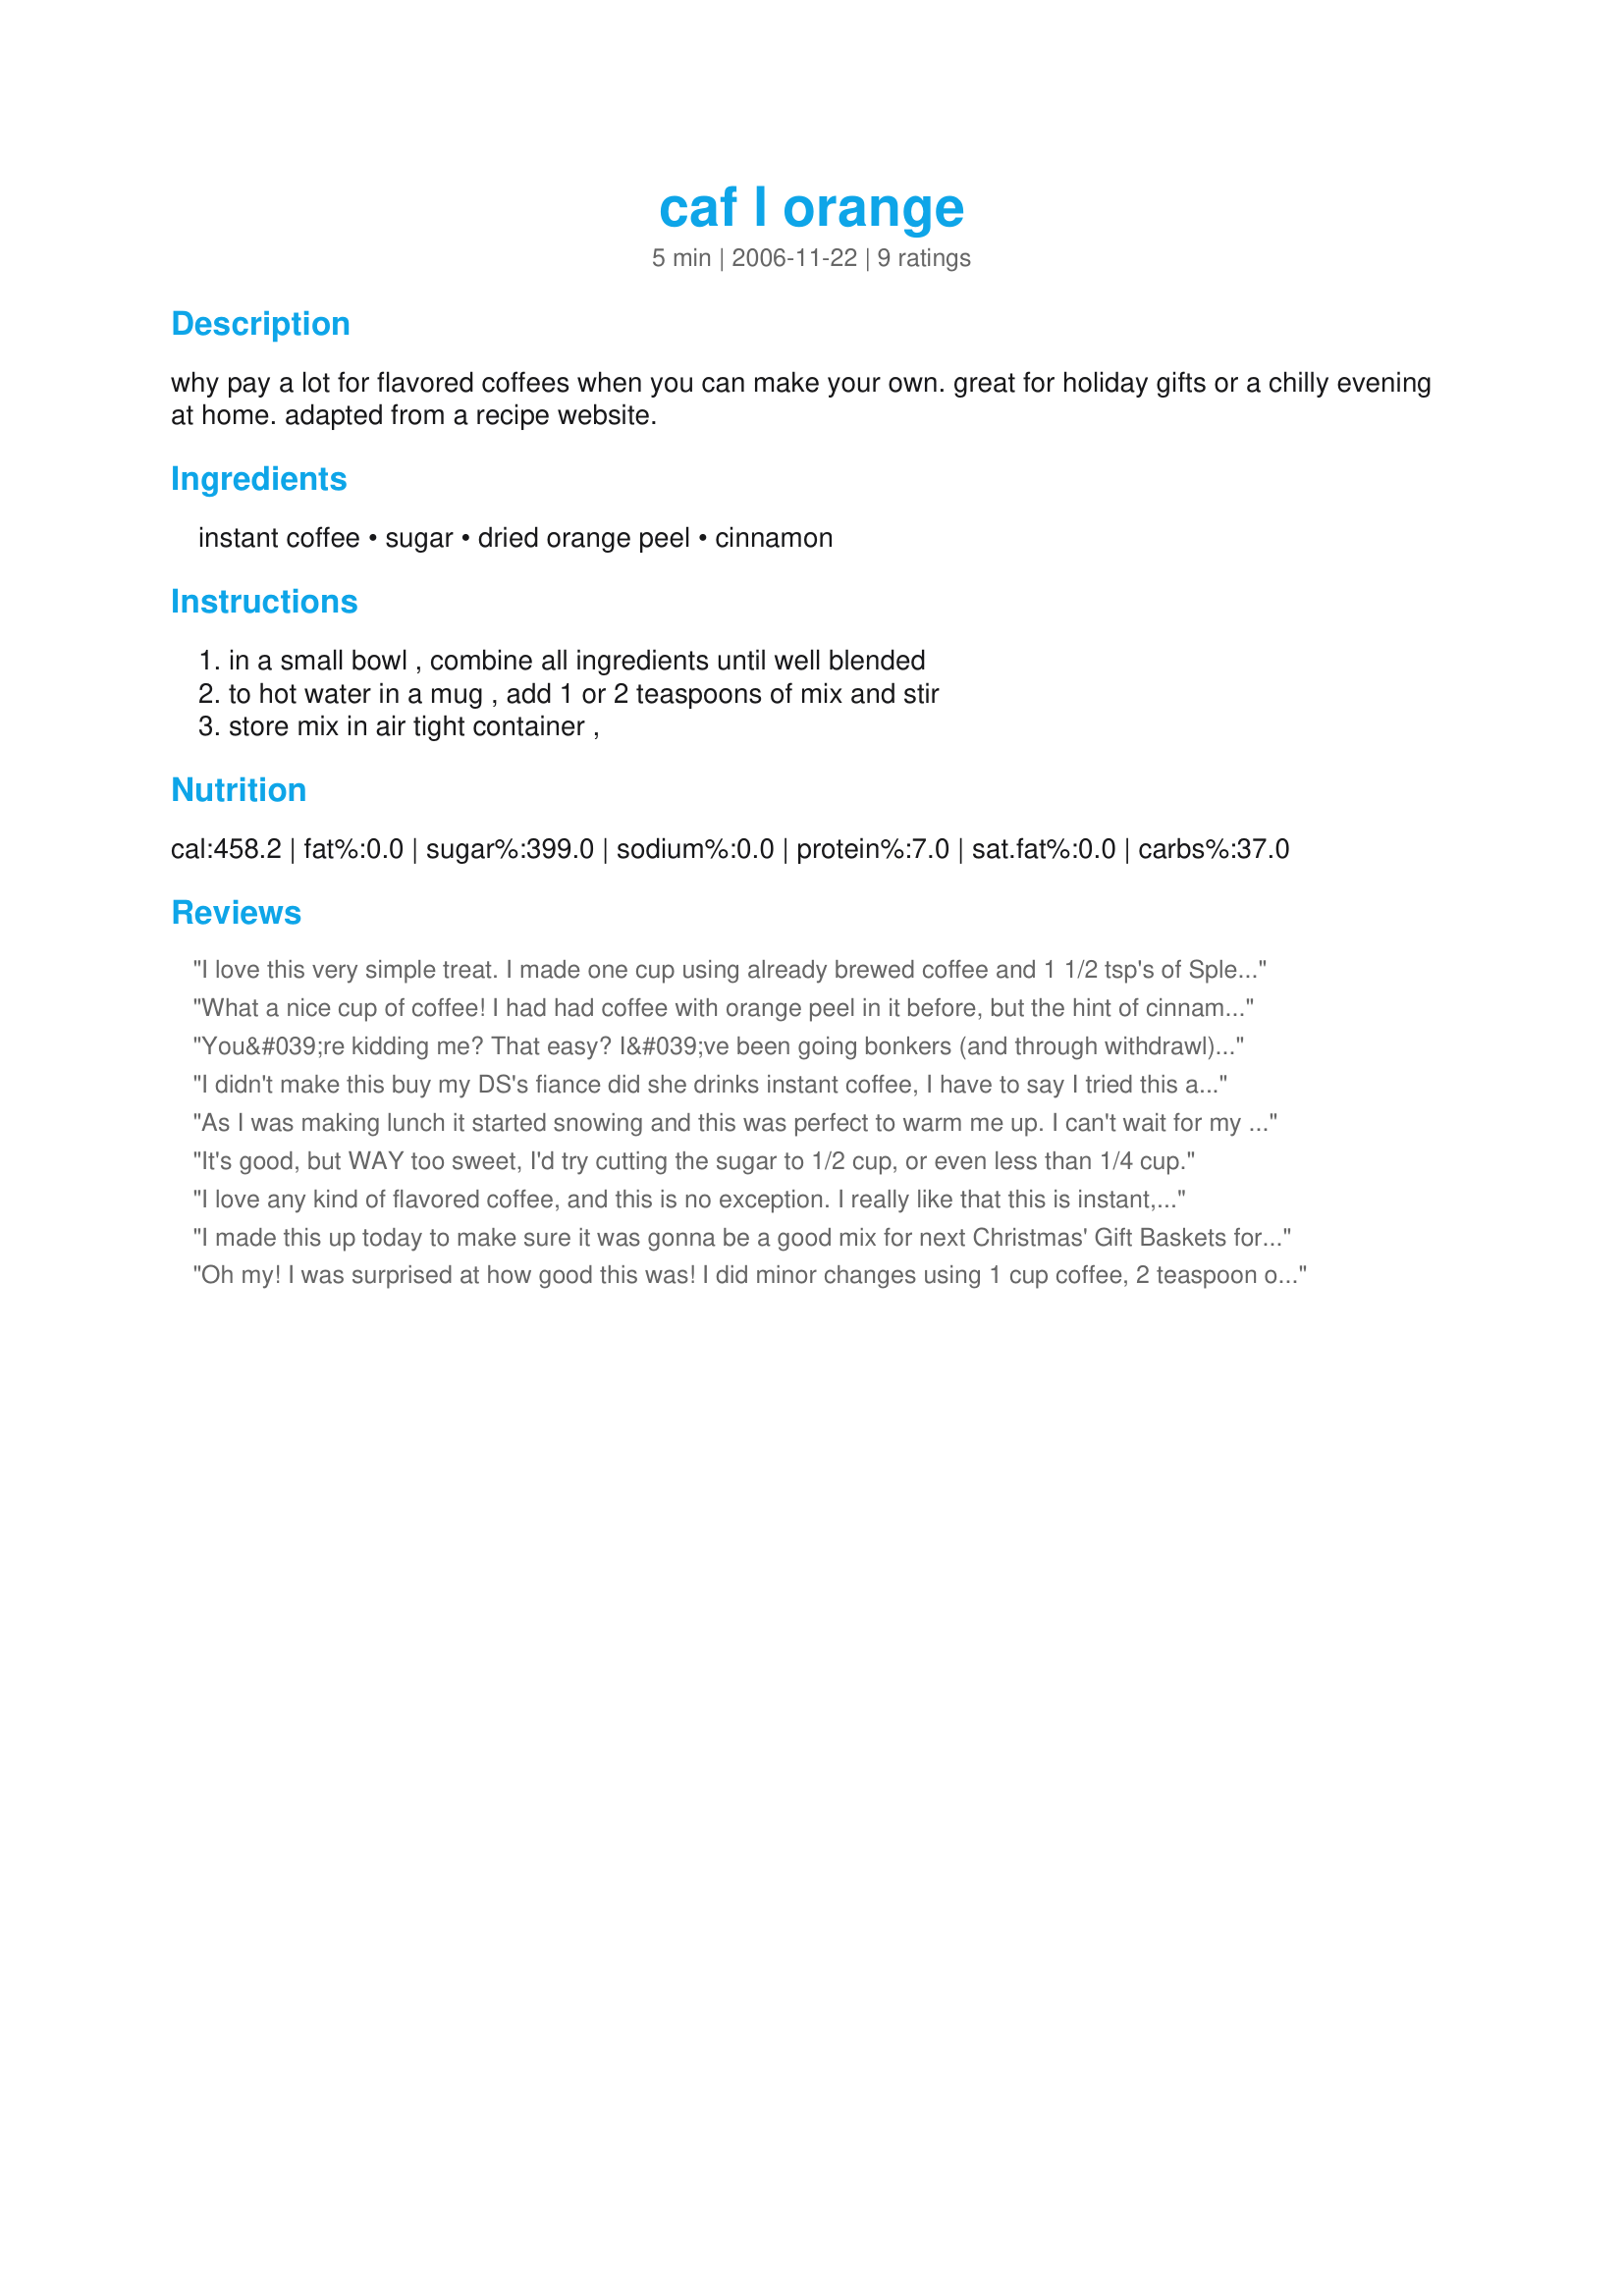
caf l orange
Preparation time: 5 minutes

why pay a lot for flavored coffees when you can make your own. great for holiday gifts or a chilly evening at home. adapted from a recipe website.

Ingredients:
instant coffee, sugar, dried orange peel, cinnamon

Steps:
in a small bowl , combine all ingredients until well blended, to hot water in a mug , add 1 or 2 teaspoons of mix and stir, store mix in air tight container ,

Reviews:
I love this very simple treat. I made one cup using already brewed coffee and 1 1/2 tsp's of Splenda and a 3" cinnamon stick. I used blood orange peel that I dried awhile back, crushing some and leaving a couple of pieces large to float. Thank you Lauralie for a lovely afternoon coffee.
What a nice cup of coffee! I had had coffee with orange peel in it before, but the hint of cinnamon in this is great. I used grated orange peel that I dehydrated in the microwave and used a bit more cinnamon. Thank you for posting! Made for ZWT5 & the Dining Daredevils.
You&#039;re kidding me? That easy? I&#039;ve been going bonkers (and through withdrawl) since a major food chain dropped a brand of bulk coffee, specifically this flavor!) and it&#039;s that simple? Already drying the orange peel, to make my own.. Still using a store-bought whole bean, but adding the ingredients to the grinder next pot, and enjoying a mixture I concocted, Cafe L&#039;Orange, with Parisian Vanilla. (result: Creamcicle!) Thanks for the tip!
I didn't make this buy my DS's fiance did she drinks instant coffee, I have to say I tried this and loved it, so I am going to keep this mix on hand all the time, thanks for sharing Lori, made for ZWT
As I was making lunch it started snowing and this was perfect to warm me up. I can't wait for my daughter to try this as I'm sure she will love it too. Thanks Lauralie41!
It's good, but WAY too sweet, I'd try cutting the sugar to 1/2 cup, or even less than 1/4 cup.
I love any kind of flavored coffee, and this is no exception. I really like that this is instant, too (super-convenient when I don't feel like brewing a pot of coffee for just me). I didn't find this too sweet at all, either. I was a little worried, between seeing the ratio of sugar to coffee, and reading the review that said that this was way too sweet, but I thought the sweetness was perfect. I just needed to add some milk to my cup because I don't like black coffee. To make the mix more homogenous, I whirred it in my Magic Bullet. Thanks for posting! Made for ZWT5 France
I made this up today to make sure it was gonna be a good mix for next Christmas' Gift Baskets for the coffee lovers on my list. Tried a sample cup with my DSIL Dave...needless to say he left here with a jar of mix to take home he loved it as much as I did. We both drink our coffee with cream, so added some French Vanilla Creamer to it...yummmmmmmy!!! Thank you dear for a wonderful mix that WILL be included in the Coffee Lovers Gift Baskets, and gonna always keep a jar made up for myself.
Oh my! I was surprised at how good this was! I did minor changes using 1 cup coffee, 2 teaspoon orange peel and 1/2 teaspoon cinnamon.
I think the reviewers before me did not realize that this is a mix to be added to hot water. I really don`t like instant coffee so I thought this would be not good. But I really loved this. The orange and cinnamon brought instant coffee to life.
